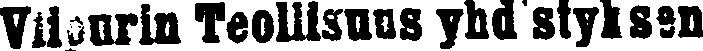
Viipurin Teollisuus yhdistyksen